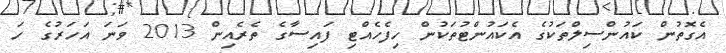
އެގޮތުން ކައުންސިލްތަކުގެ އެކައުންޓުތަކުން ހިފެހެއްޓި ފައިސާގެ ތެރެއިން 2013 ވަނަ އަހަރުގެ ހަ